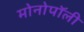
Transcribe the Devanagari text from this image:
मोनोपॉली